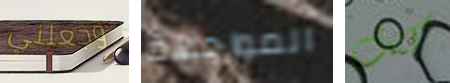
وجعلني المواجهة كنت